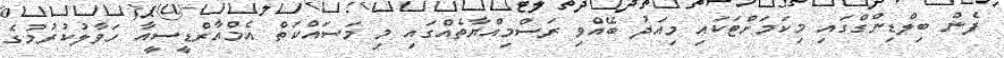
ފެން ބިލްޑިންގްގައި މިކަމަށްޓަކައި މިއަދު ބޭއްވި ރަސްމިއްޔާތެއްގައި މި މަސައްކަތް އެމްއާރްޑީސީއާ ހަވާލުކުރުމުގެ